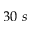
3 0 ~ s